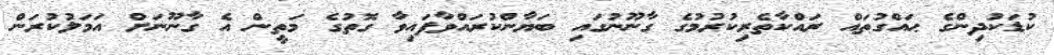
ކުޑަކުދިންގެ ޙައްގުތައް ރައްކާތެރިކުރުމުގެ ގާނޫނުގައި ބަޔާންކުރައްވާފައިވާ ގޮތުގެ މަތީން އެ ގާނޫނަށް އަމަލުކުރަން